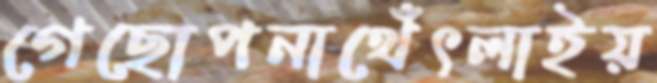
গেছোপনাথেঁৎলাইয়